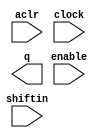
// megafunction wizard: %LPM_SHIFTREG%VBB%
// GENERATION: STANDARD
// VERSION: WM1.0
// MODULE: lpm_shiftreg 

// ============================================================
// Megafunction Name(s):
// 			lpm_shiftreg
//
// Simulation Library Files(s):
// 			lpm
// ============================================================
// ************************************************************
// THIS IS A WIZARD-GENERATED FILE. DO NOT EDIT THIS FILE!
//
// 9.0 Build 132 02/25/2009 SJ Full Version
// ************************************************************

//Copyright (C) 1991-2009 Altera Corporation
//Your use of Altera Corporation's design tools, logic functions 
//and other software and tools, and its AMPP partner logic 
//functions, and any output files from any of the foregoing 
//(including device programming or simulation files), and any 
//associated documentation or information are expressly subject 
//to the terms and conditions of the Altera Program License 
//Subscription Agreement, Altera MegaCore Function License 
//Agreement, or other applicable license agreement, including, 
//without limitation, that your use is for the sole purpose of 
//programming logic devices manufactured by Altera and sold by 
//Altera or its authorized distributors.  Please refer to the 
//applicable agreement for further details.

module TrigReg (
	aclr,
	clock,
	enable,
	shiftin,
	q);

	input	  aclr;
	input	  clock;
	input	  enable;
	input	  shiftin;
	output	[63:0]  q;

endmodule

// ============================================================
// CNX file retrieval info
// ============================================================
// Retrieval info: PRIVATE: ACLR NUMERIC "1"
// Retrieval info: PRIVATE: ALOAD NUMERIC "0"
// Retrieval info: PRIVATE: ASET NUMERIC "0"
// Retrieval info: PRIVATE: ASET_ALL1 NUMERIC "1"
// Retrieval info: PRIVATE: CLK_EN NUMERIC "1"
// Retrieval info: PRIVATE: INTENDED_DEVICE_FAMILY STRING "Cyclone III"
// Retrieval info: PRIVATE: LeftShift NUMERIC "0"
// Retrieval info: PRIVATE: ParallelDataInput NUMERIC "0"
// Retrieval info: PRIVATE: Q_OUT NUMERIC "1"
// Retrieval info: PRIVATE: SCLR NUMERIC "0"
// Retrieval info: PRIVATE: SLOAD NUMERIC "0"
// Retrieval info: PRIVATE: SSET NUMERIC "0"
// Retrieval info: PRIVATE: SSET_ALL1 NUMERIC "0"
// Retrieval info: PRIVATE: SYNTH_WRAPPER_GEN_POSTFIX STRING "0"
// Retrieval info: PRIVATE: SerialShiftInput NUMERIC "1"
// Retrieval info: PRIVATE: SerialShiftOutput NUMERIC "0"
// Retrieval info: PRIVATE: nBit NUMERIC "64"
// Retrieval info: CONSTANT: LPM_DIRECTION STRING "RIGHT"
// Retrieval info: CONSTANT: LPM_TYPE STRING "LPM_SHIFTREG"
// Retrieval info: CONSTANT: LPM_WIDTH NUMERIC "64"
// Retrieval info: USED_PORT: aclr 0 0 0 0 INPUT NODEFVAL aclr
// Retrieval info: USED_PORT: clock 0 0 0 0 INPUT NODEFVAL clock
// Retrieval info: USED_PORT: enable 0 0 0 0 INPUT NODEFVAL enable
// Retrieval info: USED_PORT: q 0 0 64 0 OUTPUT NODEFVAL q[63..0]
// Retrieval info: USED_PORT: shiftin 0 0 0 0 INPUT NODEFVAL shiftin
// Retrieval info: CONNECT: @clock 0 0 0 0 clock 0 0 0 0
// Retrieval info: CONNECT: q 0 0 64 0 @q 0 0 64 0
// Retrieval info: CONNECT: @enable 0 0 0 0 enable 0 0 0 0
// Retrieval info: CONNECT: @shiftin 0 0 0 0 shiftin 0 0 0 0
// Retrieval info: CONNECT: @aclr 0 0 0 0 aclr 0 0 0 0
// Retrieval info: LIBRARY: lpm lpm.lpm_components.all
// Retrieval info: GEN_FILE: TYPE_NORMAL TrigReg.v TRUE
// Retrieval info: GEN_FILE: TYPE_NORMAL TrigReg.inc TRUE
// Retrieval info: GEN_FILE: TYPE_NORMAL TrigReg.cmp TRUE
// Retrieval info: GEN_FILE: TYPE_NORMAL TrigReg.bsf TRUE FALSE
// Retrieval info: GEN_FILE: TYPE_NORMAL TrigReg_inst.v TRUE
// Retrieval info: GEN_FILE: TYPE_NORMAL TrigReg_bb.v TRUE
// Retrieval info: LIB_FILE: lpm